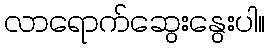
လာရောက်ဆွေးနွေးပါ။